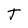
Character: t